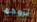
تزوجها